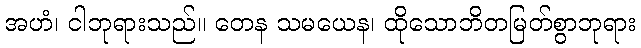
အဟံ၊ ငါဘုရားသည်။ တေန သမယေန၊ ထိုသောဘိတမြတ်စွာဘုရား